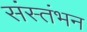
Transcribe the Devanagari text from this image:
संस्तंभन